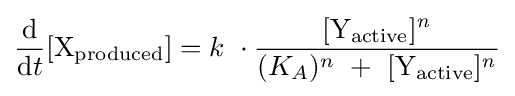
{\mathrm {d}  \over \mathrm {d} t}[{\rm {X_{produced}}}]=k\ \cdot {{[{\rm {Y_{active}}}]^{\mathit {n}}} \over {(K_{A})^{n}\ +\ {[{\rm {Y_{active}}}]^{\mathit {n}}}}}